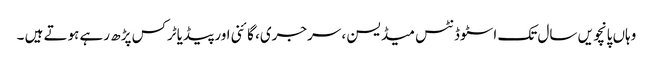
وہاں پانچویں سال تک اسٹوڈنٹس میڈیسن ، سرجری، گائنی اور پیڈیاٹرکس پڑھ رہے ہوتے ہیں ۔